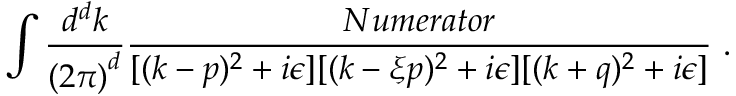
\int { \frac { d ^ { d } k } { { ( 2 \pi ) } ^ { d } } } { \frac { N u m e r a t o r } { [ ( k - p ) ^ { 2 } + i \epsilon ] [ ( k - { \xi } p ) ^ { 2 } + i \epsilon ] [ ( k + q ) ^ { 2 } + i \epsilon ] } } \, \, .